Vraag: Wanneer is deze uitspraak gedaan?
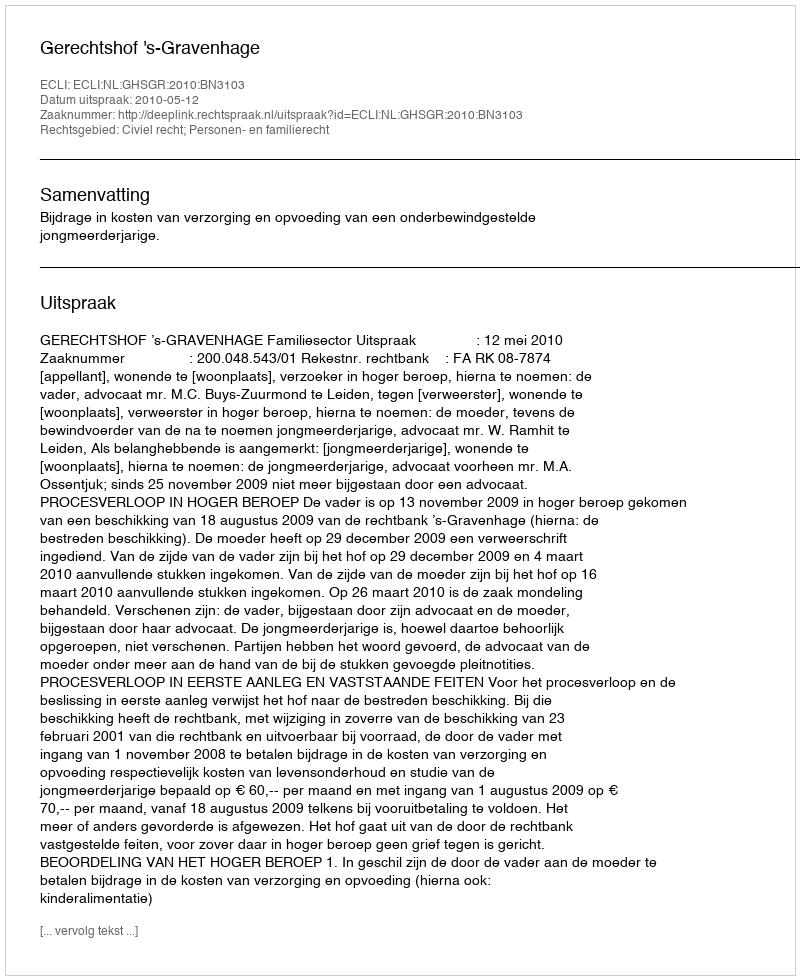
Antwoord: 2010-05-12